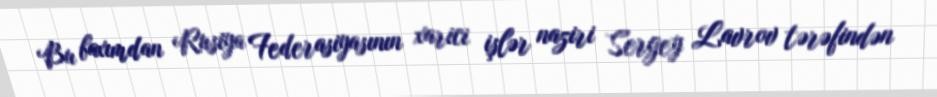
Bu baxımdan Rusiya Federasiyasının xarici işlər naziri Sergey Lavrov tərəfindən